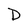
Character: D